Civil Veterinary Department. Madras. Admin. report 1926-33 - 1926-1933
Year: 1926
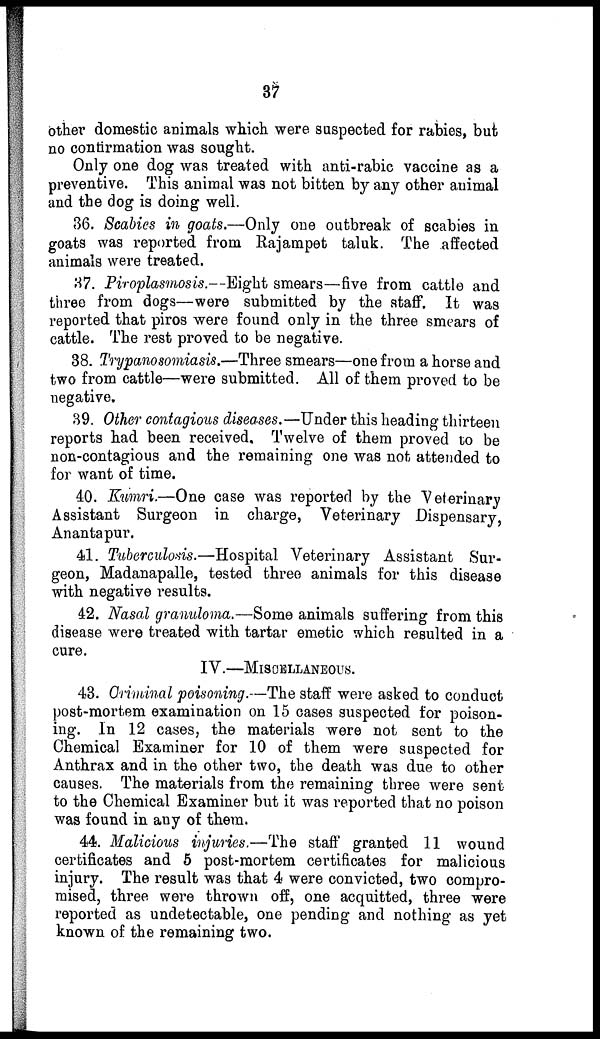
37
other domestic animals which were suspected for rabies, but
no continuation was sought.
Only one dog was treated with anti-rabic vaccine as a
preventive. This animal was not bitten by any other animal
and the dog is doing well.
36. Scabies in goats.—Only one outbreak of scabies in
goats was reported from Rajampet taluk. The affected
animals were treated.
37. Piroplasmosis.—Eight smears—five from cattle and
three from dogs—were submitted by the staff. It was
reported that piros were found only in the three smears of
cattle. The rest proved to be negative.
38. Trypanosomiasis.—Three smears—one from a horse and
two from cattle—were submitted. All of them proved to be
negative.
39. Other contagious diseases.—Under this heading thirteen
reports had been received. Twelve of them proved to be
non-contagious and the remaining one was not attended to
for want of time.
40. Kumri.—One case was reported by the Veterinary
Assistant Surgeon in charge, Veterinary Dispensary,
Anantapur.
41. Tuberculosis.—Hospital Veterinary Assistant Sur-
geon, Madanapalle, tested three animals for this disease
with negative results.
42. Nasal granuloma.—Some animals suffering from this
disease were treated with tartar emetic which resulted in a
cure.
IV.—MISCELLANEOUS.
43. Criminal poisoning.—The staff were asked to conduct
post-mortem examination on 15 cases suspected for poison-
ing. In 12 cases, the materials were not sent to the
Chemical Examiner for 10 of them were suspected for
Anthrax and in the other two, the death was due to other
causes. The materials from the remaining three were sent
to the Chemical Examiner but it was reported that no poison
was found in any of them.
44. Malicious injuries.—The staff granted 11 wound
certificates and 5 post-mortem certificates for malicious
injury. The result was that 4 were convicted, two compro-
mised, three were thrown off, one acquitted, three were
reported as undetectable, one pending and nothing as yet
known of the remaining two.